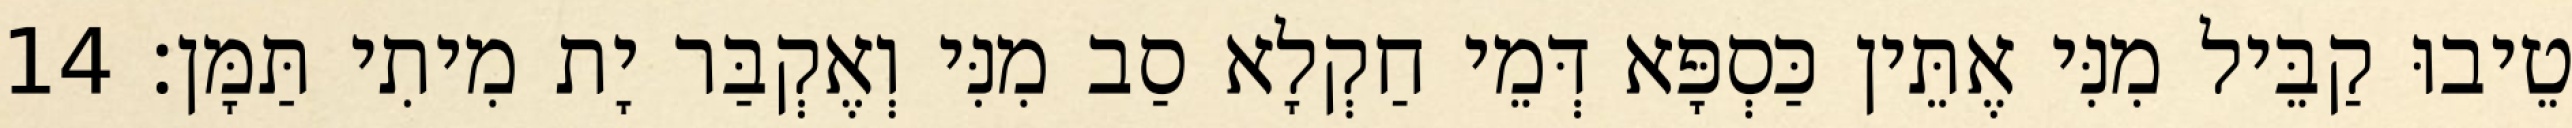
טֵיבוּ קַבֵּיל מִנִּי אֶתֵּין כַּסְפָּא דְּמֵי חַקְלָא סַב מִנִּי וְאֶקְבַּר יָת מִיתִי תַּמָּן׃ 14